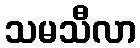
သမသီလာ